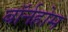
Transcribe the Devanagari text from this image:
बॉर्नहोम